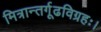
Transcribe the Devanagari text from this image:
मित्रान्तर्गूढविग्रहः।